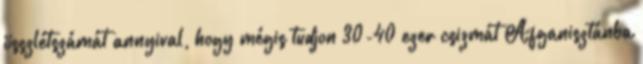
összlétszámát annyival, hogy mégis tudjon 30-40 ezer csizmát Afganisztánba